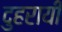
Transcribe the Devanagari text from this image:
दुहरायी